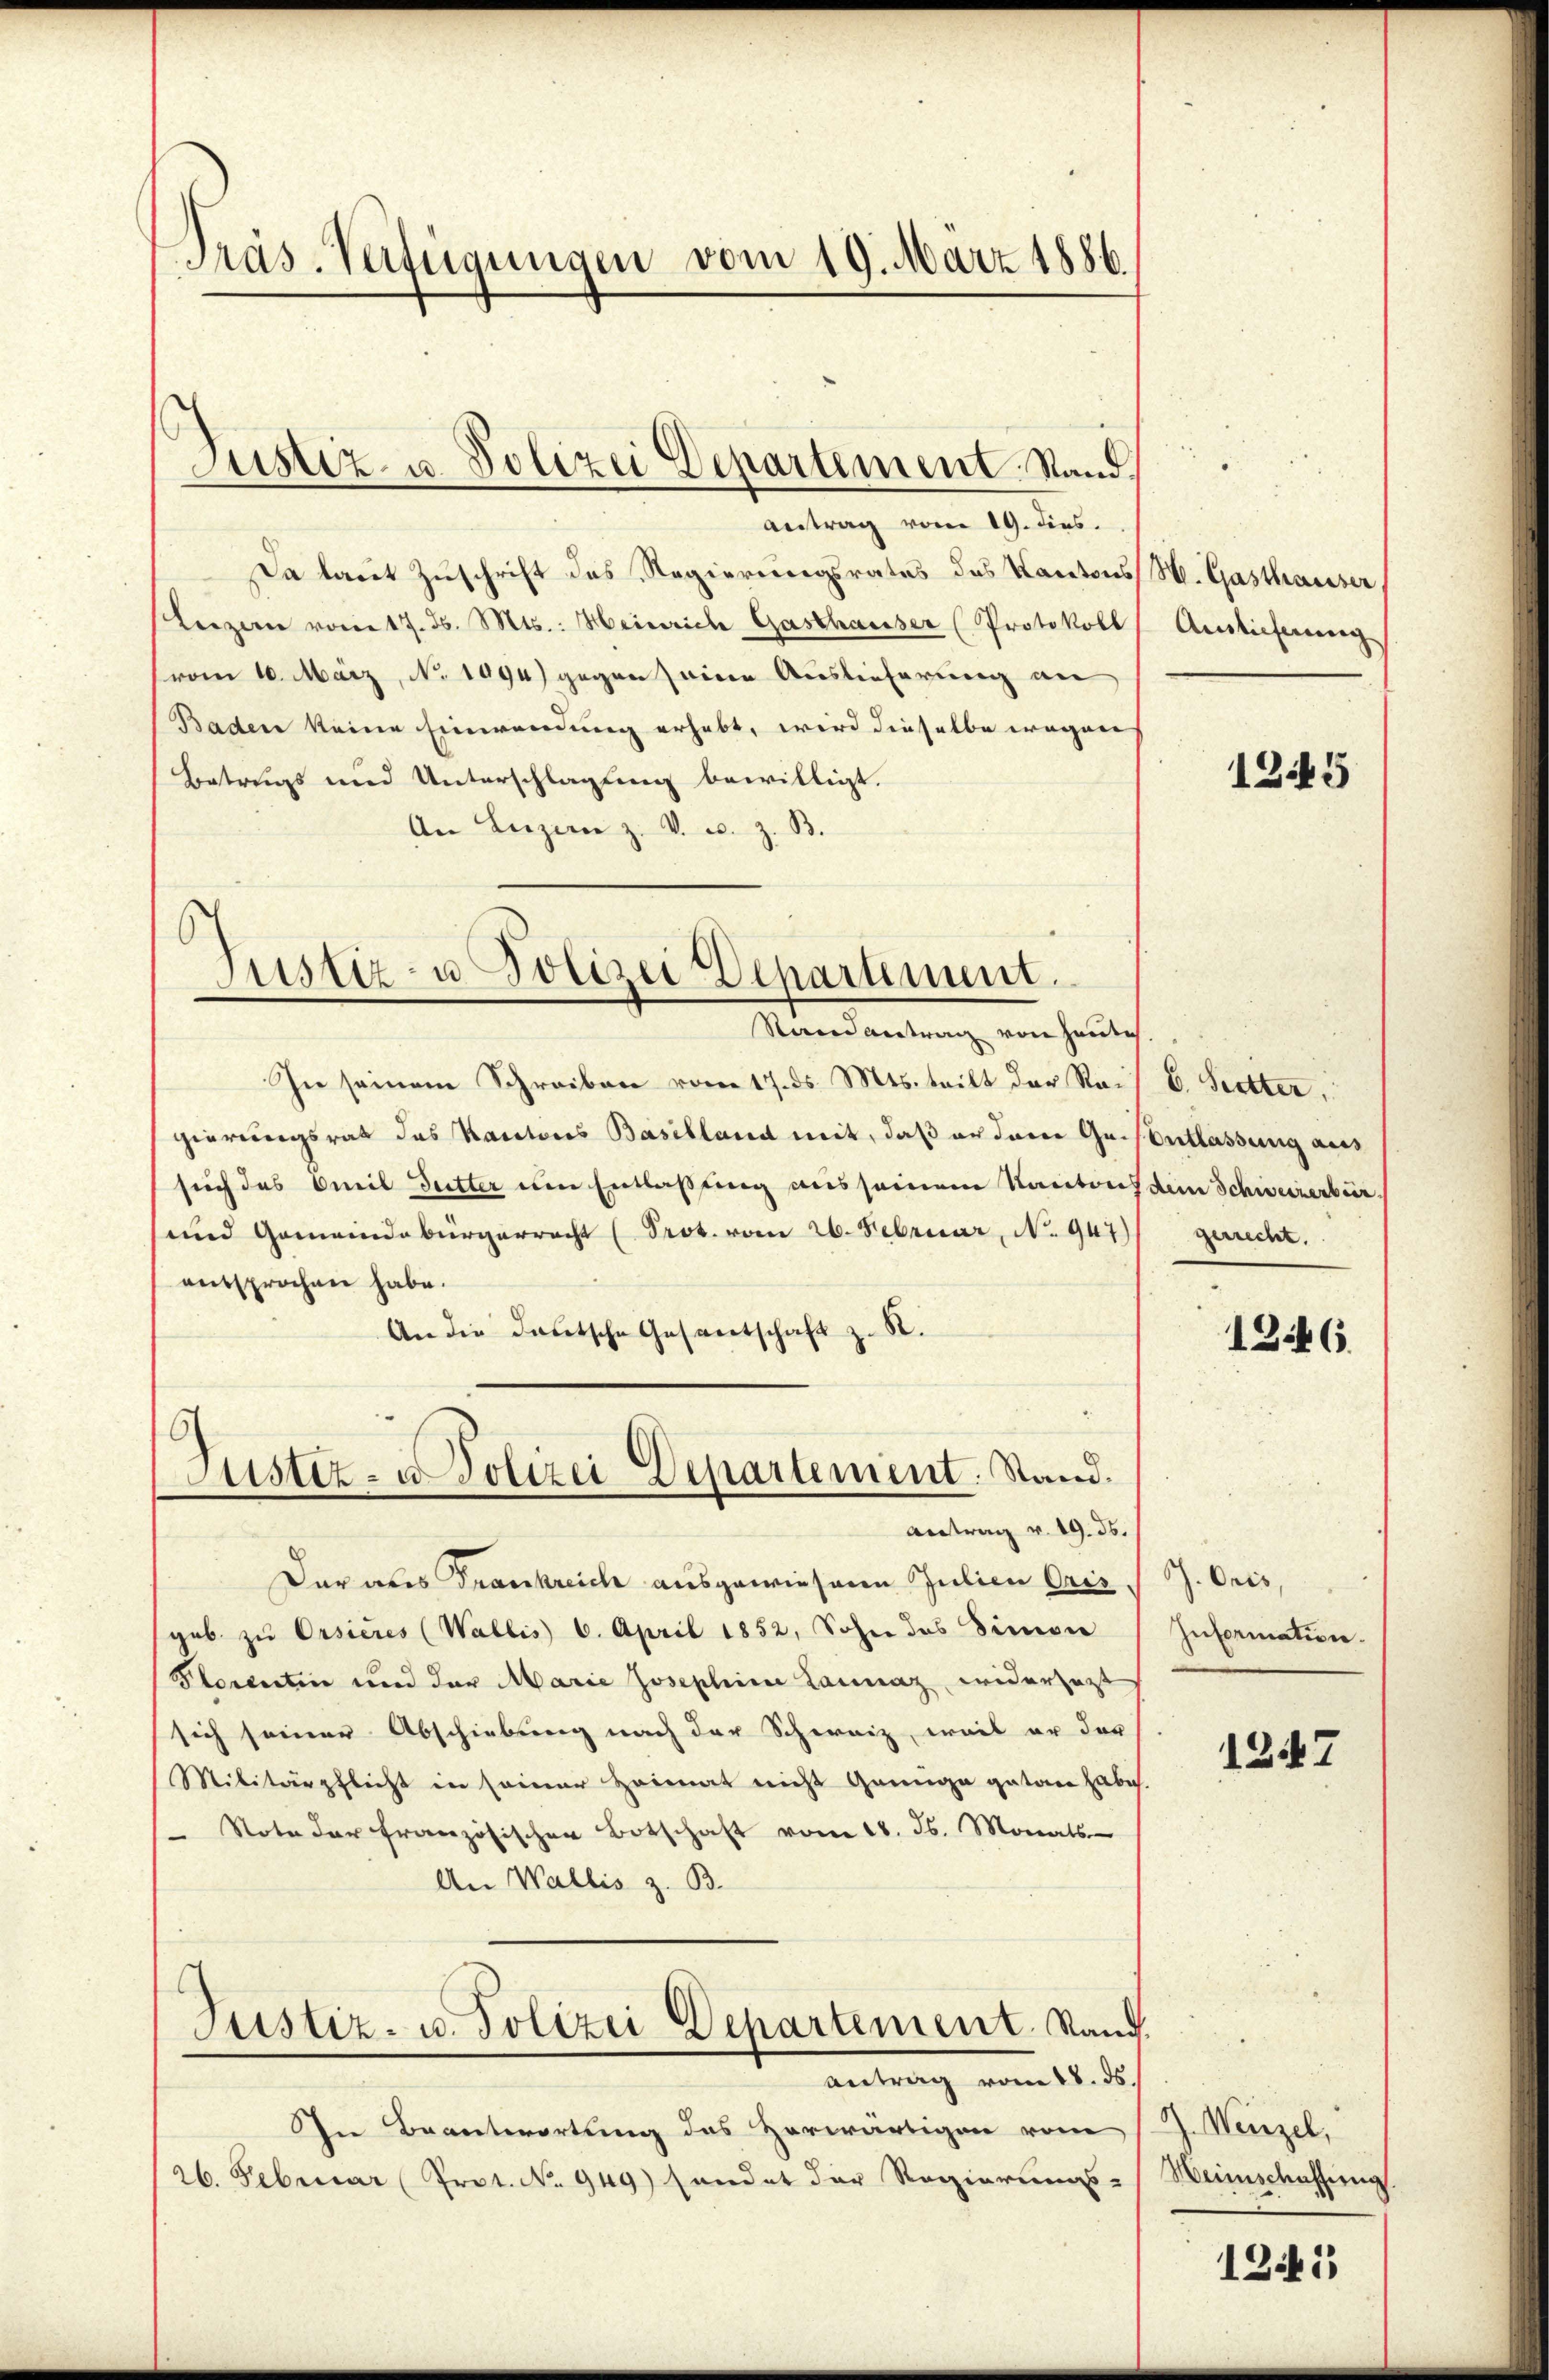
Präs. Verfügungen vom 19. März 1886.

Justiz- u. Polizei Departement. Stand

Antrag vom 19. dies.
Da laut Zuschrift des Regierungsrates des Kantons St. Gasthauser
Luzern vom 17. d. Mts.: Heinrich Gasthausser (Protokoll
vom 10. März, No. 1094) gegen seine Auslieferung an
Baden keine Einwendung erhebt, wird dieselbe wegnen
Betrugs und Unterschlagung bewilligt.
An Luzern z. v. u. z. B.
Justiz- u Polizei Departement.

Randantrag von heuti
In seinem Schreiben vom 17. ds. Mts. teilt der Rais E. Stetter,
gierungsrat des Kantons Baselland mit, daß er den Geisentlassung aus
such das Omil Gutter um Entlaßung aus seinem Kantons dem Schweizerbür
und Gemeindebürgerrecht (Prot. vom 26. Februar, No. 947)
entsprochen habe.
An die deutsche Gesentschaft z. B.
Der als Frankreich ausgewiesene Julien Oris,
geb zu Orsieres (Wallis 6. April 1852, Sohn des Simon
Plorentin und der Marie Josephine Launaz widersetzt
sich seiner Abschiebung nach der Schweiz, weil er der
Militärpflicht in seiner Heimat nicht genüge getan habe.
 Note der französischen Botschaft vom 18. Js. Monats-
An Wallis z. B.
Justiz- u. Polizei Departement. Stand.
antrag vom 18. ds.
In Beantwortung des Herwärtigen vom
26. Februar (Prot. No 949) handet der Regierungs- Weinschaffung

ustiz- u. Polizei Departement. Stand.
Antrag v. 19. 35.

Auslieferung

1245

gerrecht.

1346

G. Oris,
Information.

1247

J. Wenzel,

1245